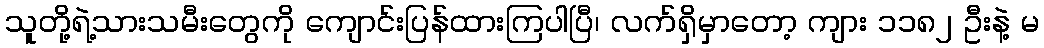
သူတို့ရဲ့သားသမီးတွေကို ကျောင်းပြန်ထားကြပါပြီ၊ လက်ရှိမှာတော့ ကျား ၁၁၈၂ ဦးနဲ့ မ